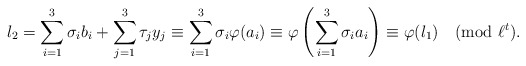
\begin{align*}l_2 = \sum_{i=1}^3 \sigma_i b_i + \sum_{j=1}^3 \tau_j y_j \equiv \sum_{i=1}^3 \sigma_i \varphi(a_i) \equiv \varphi\left( \sum_{i=1}^3 \sigma_i a_i \right)\equiv \varphi(l_1) \pmod{\ell^t}.\end{align*}